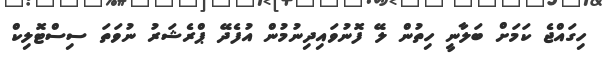
ހިގައްޖެ ކަމަށް ބަލާނީ ހިތުން ލޭ ފޮނުވައިދިނުމުން އުފެދޭ ޕްރެޝަރު ނުވަތަ ސިސްޓޮލިކް